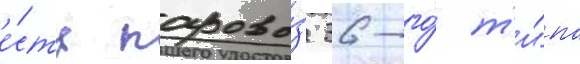
е́сть парово́з 36-го́ т'и́па